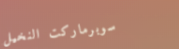
سوبرماركت النخيل